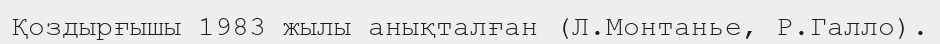
Қоздырғышы 1983 жылы анықталған (Л.Монтанье, Р.Галло).